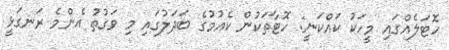
ހޮޓަލެއްގައި މީހަކު ކައްކަނީ: ހޮޓާތަކުން ކެއުމުގެ ބަދަލުގައި މި ވަގުތު އެންމެ ރަނގަޅީ